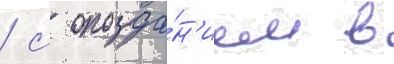
/ с опозда́н'ием в